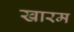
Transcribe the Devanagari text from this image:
खारम